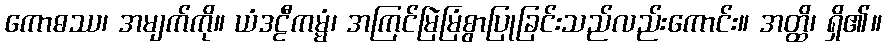
ကောဓဿ၊ အမျက်ကို။ ယံဒဠီကမ္မံ၊ အကြင်မြဲမြံစွာပြုခြင်းသည်လည်းကောင်း။ အတ္ထိ၊ ရှိ၏။